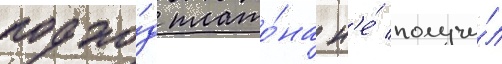
подхо́д плато́на н'е́ получи́л